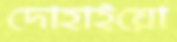
দোহাইয়ো